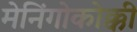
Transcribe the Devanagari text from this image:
मेनिंगोकोक्की